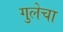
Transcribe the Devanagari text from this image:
गुलेचा